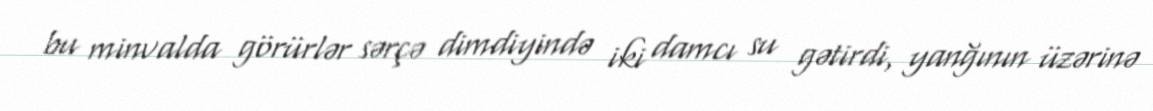
bu minvalda görürlər sərçə dimdiyində iki damcı su gətirdi, yanğının üzərinə